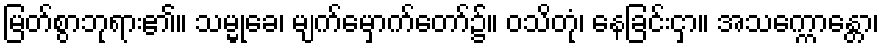
မြတ်စွာဘုရား၏။ သမ္မုခေ၊ မျက်မှောက်တော်၌။ ဝသိတုံ၊ နေခြင်းငှာ။ အသက္ကောန္တော၊